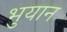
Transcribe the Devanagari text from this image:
भुयान